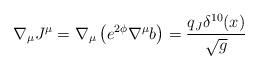
LaTeX: \begin{align*}\nabla_\mu J^\mu =\nabla_\mu\left(e^{2\phi}\nabla^\mu b\right) =\frac{q_J \delta^{10}(x)}{\sqrt{g}}\end{align*}